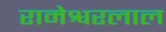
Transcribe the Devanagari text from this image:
रामेश्वरलाल